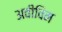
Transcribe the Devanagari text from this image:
अवीविम